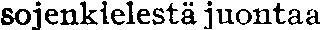
sojenkielestä juontaa